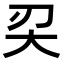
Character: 𠛇